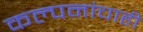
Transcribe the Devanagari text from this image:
कल्पनांचाही